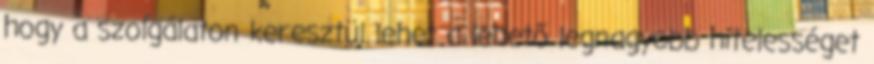
hogy a szolgálaton keresztül lehet a lehető legnagyobb hitelességet